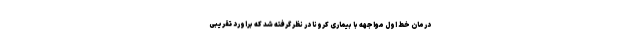
درمان خط اول مواجهه با بیماری کرونا در نظر گرفته شد که براورد تقریبی